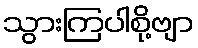
သွားကြပါစို့ဗျာ